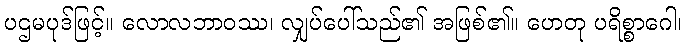
ပဌမပုဒ်ဖြင့်။ လောလဘာဝဿ၊ လျှပ်ပေါ်သည်၏ အဖြစ်၏။ ဟေတု ပရိစ္စာဂေါ၊